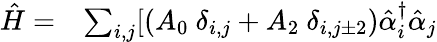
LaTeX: \begin{array}{ll}{\hat{H}=}&{\sum_{i,j}[{(A_{0}\ {\delta}_{i,j}+A_{2}\ {\delta}_{i,j\pm 2})\hat{\alpha}_{i}^{{\dagger}}\hat{\alpha}_{j}}}\end{array}